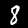
Digit: 8